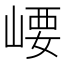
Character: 崾